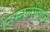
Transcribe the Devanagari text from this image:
निम्नलखित